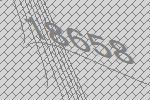
18658